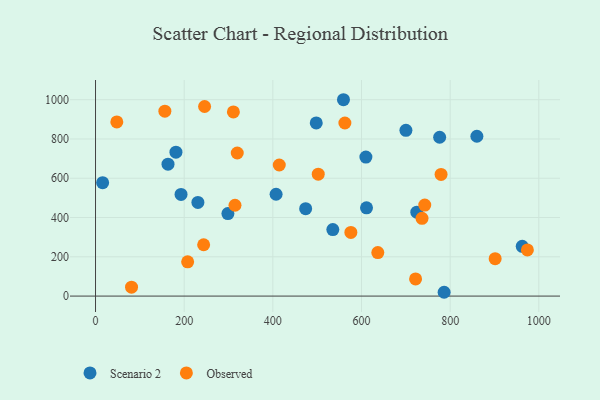
{"axis": {"x": "Distance", "y": "Sales"}, "legend": ["Observed", "Scenario 2"], "data": [{"x": "230.9", "y": 476.8, "type": "Scenario 2"}, {"x": "16.0", "y": 577.3, "type": "Scenario 2"}, {"x": "407.3", "y": 518.6, "type": "Scenario 2"}, {"x": "535.3", "y": 338.6, "type": "Scenario 2"}, {"x": "192.9", "y": 517.5, "type": "Scenario 2"}, {"x": "786.4", "y": 19.4, "type": "Scenario 2"}, {"x": "298.6", "y": 420.2, "type": "Scenario 2"}, {"x": "559.3", "y": 999.9, "type": "Scenario 2"}, {"x": "609.9", "y": 707.7, "type": "Scenario 2"}, {"x": "700.2", "y": 844.0, "type": "Scenario 2"}, {"x": "962.6", "y": 253.2, "type": "Scenario 2"}, {"x": "497.9", "y": 882.0, "type": "Scenario 2"}, {"x": "163.5", "y": 671.7, "type": "Scenario 2"}, {"x": "181.4", "y": 732.8, "type": "Scenario 2"}, {"x": "474.0", "y": 444.9, "type": "Scenario 2"}, {"x": "724.8", "y": 427.3, "type": "Scenario 2"}, {"x": "611.3", "y": 449.6, "type": "Scenario 2"}, {"x": "776.3", "y": 808.7, "type": "Scenario 2"}, {"x": "860.3", "y": 814.0, "type": "Scenario 2"}, {"x": "207.8", "y": 174.5, "type": "Observed"}, {"x": "246.0", "y": 965.3, "type": "Observed"}, {"x": "48.0", "y": 887.1, "type": "Observed"}, {"x": "311.0", "y": 937.8, "type": "Observed"}, {"x": "576.0", "y": 324.0, "type": "Observed"}, {"x": "636.8", "y": 221.4, "type": "Observed"}, {"x": "736.5", "y": 395.9, "type": "Observed"}, {"x": "81.2", "y": 45.5, "type": "Observed"}, {"x": "414.5", "y": 667.4, "type": "Observed"}, {"x": "502.4", "y": 621.0, "type": "Observed"}, {"x": "901.5", "y": 190.5, "type": "Observed"}, {"x": "779.5", "y": 619.3, "type": "Observed"}, {"x": "722.0", "y": 87.2, "type": "Observed"}, {"x": "156.4", "y": 941.4, "type": "Observed"}, {"x": "562.5", "y": 881.5, "type": "Observed"}, {"x": "243.9", "y": 261.4, "type": "Observed"}, {"x": "742.7", "y": 463.6, "type": "Observed"}, {"x": "319.7", "y": 728.7, "type": "Observed"}, {"x": "314.6", "y": 462.5, "type": "Observed"}, {"x": "974.2", "y": 234.8, "type": "Observed"}]}